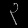
Digit: ၃